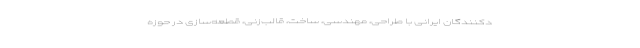
دکنندگان ایرانی با طراحی، مهندسی، ساخت، قالب‌زنی، قطعه‌سازی در حوزه